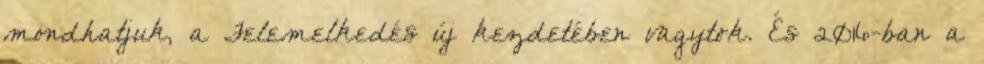
mondhatjuk, a Felemelkedés új kezdetében vagytok. És 2016-ban a